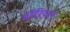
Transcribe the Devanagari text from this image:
डोरियत